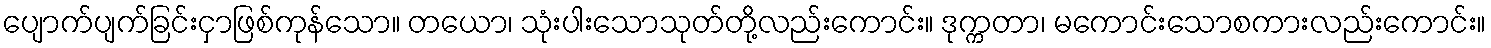
ပျောက်ပျက်ခြင်းငှာဖြစ်ကုန်သော။ တယော၊ သုံးပါးသောသုတ်တို့လည်းကောင်း။ ဒုက္ကတာ၊ မကောင်းသောစကားလည်းကောင်း။